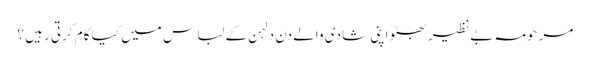
مرحومہ بے نظیر بھٹو اپنی شادی والے دن دلہن کے لباس میں کیا کام کرتی رہیں ؟